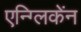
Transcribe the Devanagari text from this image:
एन्ग्लिकेंन